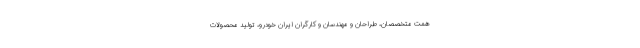
همت متخصصان، طراحان و مهندسان و کارگران ایران خودرو، تولید محصولات